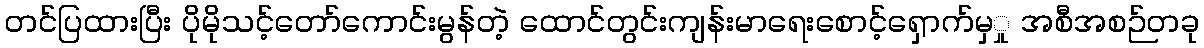
တင်ပြထားပြီး ပိုမိုသင့်တော်ကောင်းမွန်တဲ့ ထောင်တွင်းကျန်းမာရေးစောင့်ရှောက်မှှု အစီအစဉ်တခု